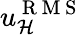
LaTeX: u_{\mathcal{H}}^{\mathrm{~R~M~S~}}